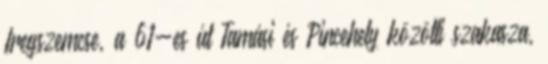
Iregszemcse, a 61-es út Tamási és Pincehely közötti szakasza,